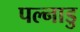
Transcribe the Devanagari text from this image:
पल्नाडु